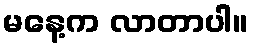
မနေ့က လာတာပါ။